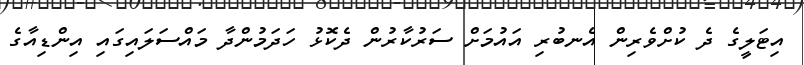
އިޓަލީގެ ދެ ކުށްވެރިން އެނބުރި އައުމަށް ސަރުކާރުން ދެކޮޅު ހަދަމުންދާ މައްސަލައިގައި އިންޑިއާގެ